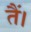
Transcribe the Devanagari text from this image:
तैं।